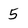
Character: 5